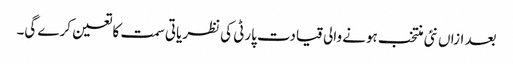
بعد ازاں نئی منتخب ہونے والی قیادت پارٹی کی نظریاتی سمت کا تعین کرے گی۔